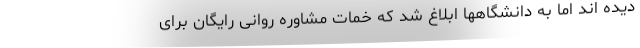
دیده اند اما به دانشگاهها ابلاغ شد که خمات مشاوره روانی رایگان برای